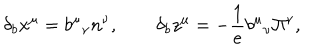
\qquad \delta _ { b } x ^ { \mu } = b ^ { \mu } { } _ { \nu } n ^ { \nu } , \qquad \delta _ { b } z ^ { \mu } = - \frac 1 { e } b ^ { \mu } { } _ { \nu } \Pi ^ { \nu } ,